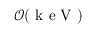
\mathcal { O } ( \mathrm { ~ k ~ e ~ V ~ } )